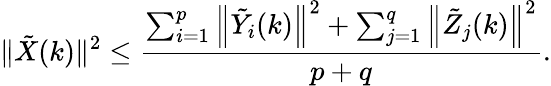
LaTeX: \| \tilde{X}(k)\| ^{2}\leq\frac{\sum_{i=1}^{p}\left\| \tilde{Y}_{i}(k)\right\| ^{2}+\sum_{j=1}^{q}\left\| \tilde{Z}_{j}(k)\right\| ^{2}}{p+q}.